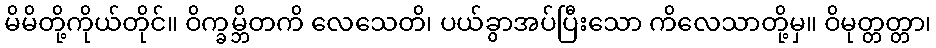
မိမိတို့ကိုယ်တိုင်။ ဝိက္ခမ္ဘိတကိ လေသေတိ၊ ပယ်ခွာအပ်ပြီးသော ကိလေသာတို့မှ။ ဝိမုတ္တတ္တာ၊